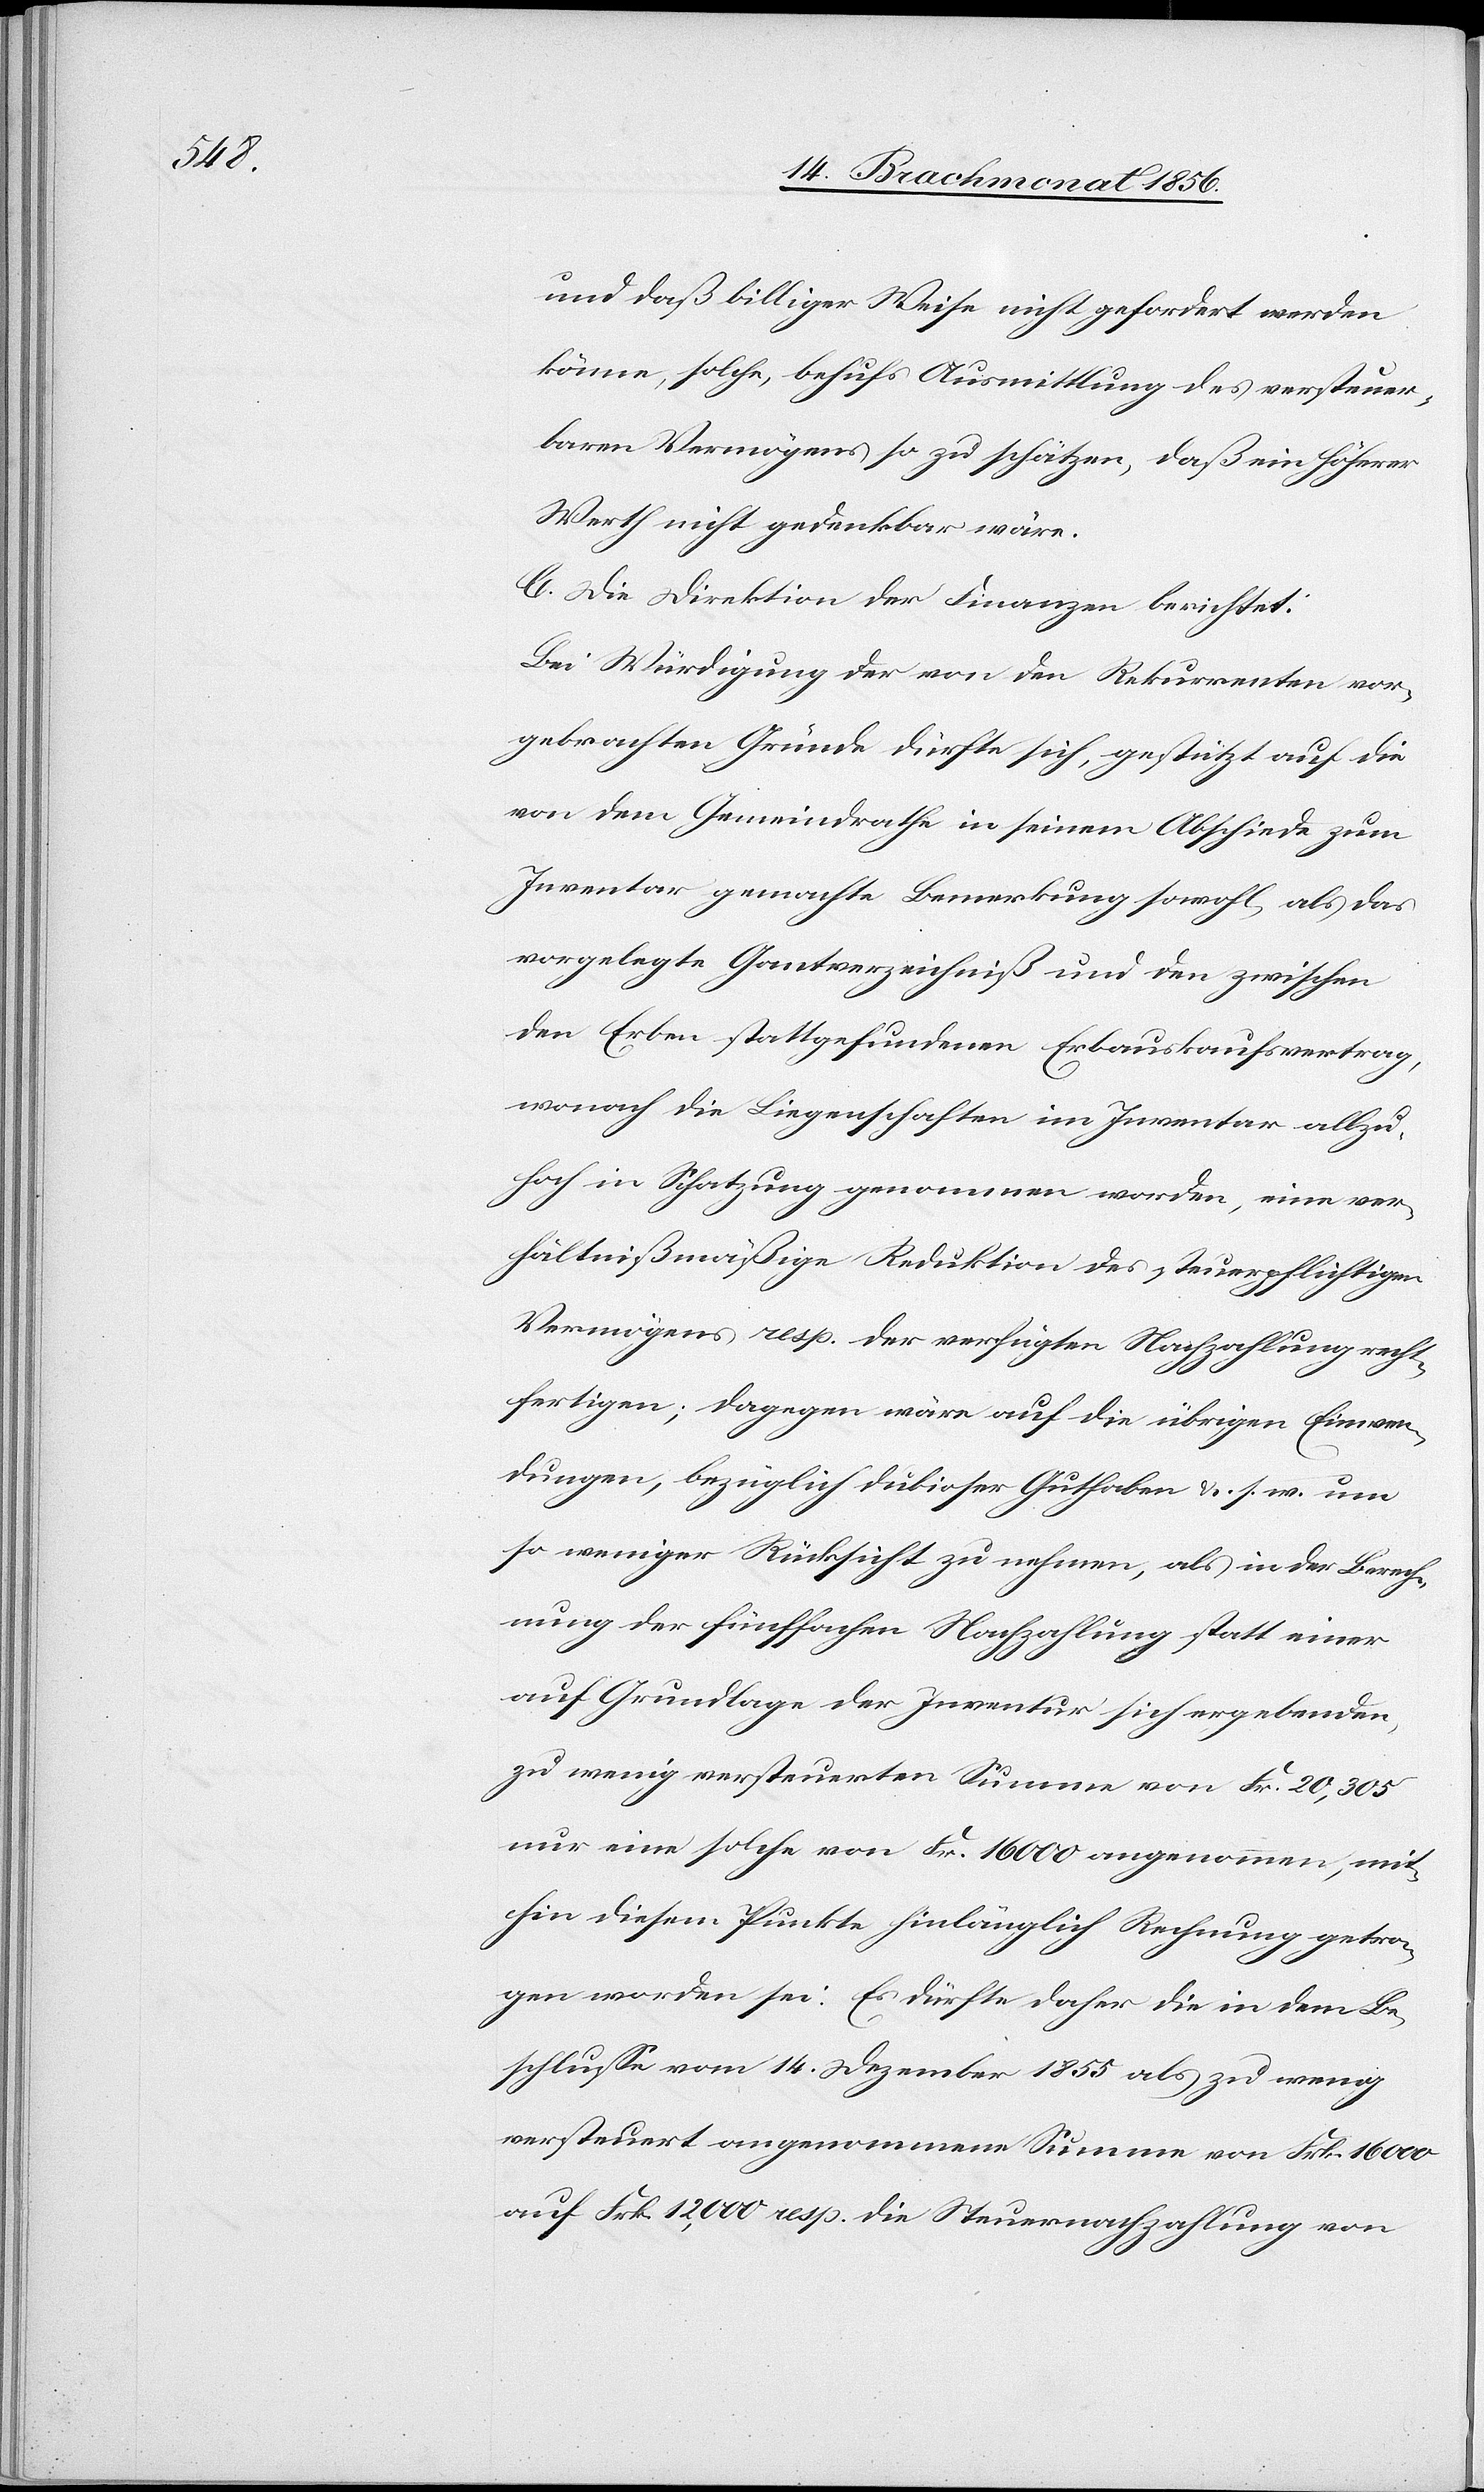
und daß billiger Weise nicht gefordert werden
könne, solche, behufs Ausmittlung des versteuer¬
baren Vermögens so zu schätzen, daß ein höherer
Werth nicht gedenkbar wäre.
C. Die Direktion der Finanzen berichtet:
Bei Würdigung der von den Rekurrenten vor¬
gebrachten Gründe dürfte sich, gestützt auf die
von dem Gemeindrathe in seinem Abschiede zum
Inventar gemachte Bemerkung sowohl, als das
vorgelegte Gantverzeichniß und den zwischen
den Erben stattgefundenen Erbauskaufsvertrag,
wonach die Liegenschaften im Inventar allzu¬
hoch in Schatzung genommen worden, eine ver¬
hältnißmäßige Reduktion des steuerpflichtigen
Vermögens resp. der verfügten Nachzahlung recht¬
fertigen; dagegen wäre auf die übrigen Einwen¬
dungen, bezüglich dubioser Guthaben &. s. w. um
so weniger Rücksicht zu nehmen, als in der Berech¬
nung der fünffachen Nachzahlung statt einer
auf Grundlage der Inventur sich ergebenden,
zu wenig versteuerten Summe von Fr. 20,305
nur eine solche von Fr. 16000 angenommen, mit¬
hin diesem Punkte hinlänglich Rechnung getra¬
gen worden sei. Es dürfte daher die in dem Be¬
schlusse vom 14. Dezember 1855 als zu wenig
versteuert angenommene Summe von Frk. 16000
auf Frk. 12,000 resp. die Steuernachzahlung von